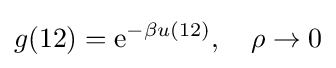
g(12)={\text{e}}^{-\beta u(12)},\quad \rho \to 0